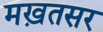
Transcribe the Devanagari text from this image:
मख़तसर